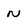
Character: N